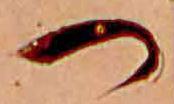
つ